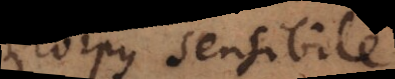
corpus sensibile